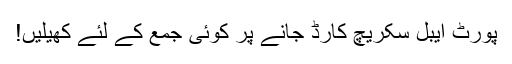
پورٹ ایبل سکریچ کارڈ جانے پر کوئی جمع کے لئے کھیلیں!